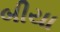
બીયા